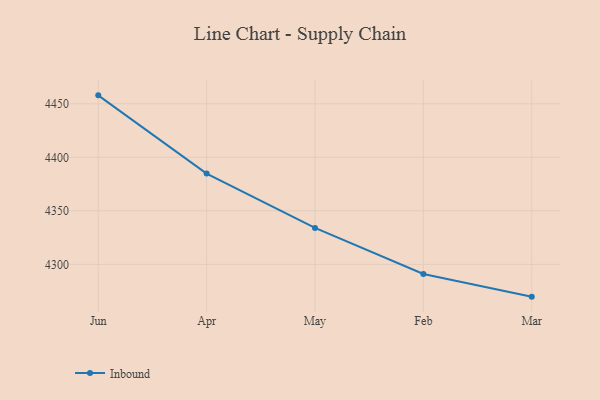
{"axis": {"x": "Month", "y": "Bounce Rate (%)"}, "legend": ["Inbound"], "data": [{"x": "Jun", "y": 4457.9, "type": "Inbound"}, {"x": "Apr", "y": 4384.8, "type": "Inbound"}, {"x": "May", "y": 4334.0, "type": "Inbound"}, {"x": "Feb", "y": 4291.0, "type": "Inbound"}, {"x": "Mar", "y": 4269.8, "type": "Inbound"}]}